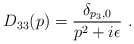
\begin{align*}D_{33}(p) = \frac{\delta_{p_3,0}}{p^2+i\epsilon} \ .\end{align*}